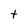
Character: t